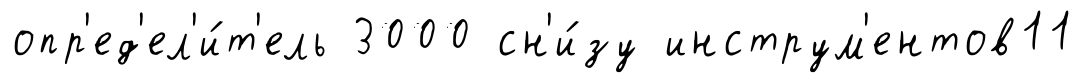
опр'ед'ел'и́т'ель 3000 сн'и́зу инструм'ентов11